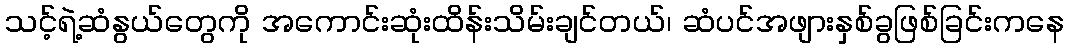
သင့်ရဲ့ဆံနွယ်တွေကို အကောင်းဆုံးထိန်းသိမ်းချင်တယ်၊ ဆံပင်အဖျားနှစ်ခွဖြစ်ခြင်းကနေ